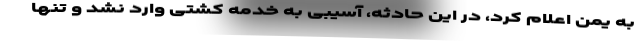
به یمن اعلام کرد، در این حادثه، آسیبی به خدمه کشتی وارد نشد و تنها